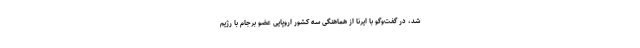
شد، در گفت‌وگو با ایرنا از هماهنگی سه کشور اروپایی عضو برجام با رژیم